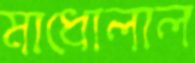
মাধোলাল